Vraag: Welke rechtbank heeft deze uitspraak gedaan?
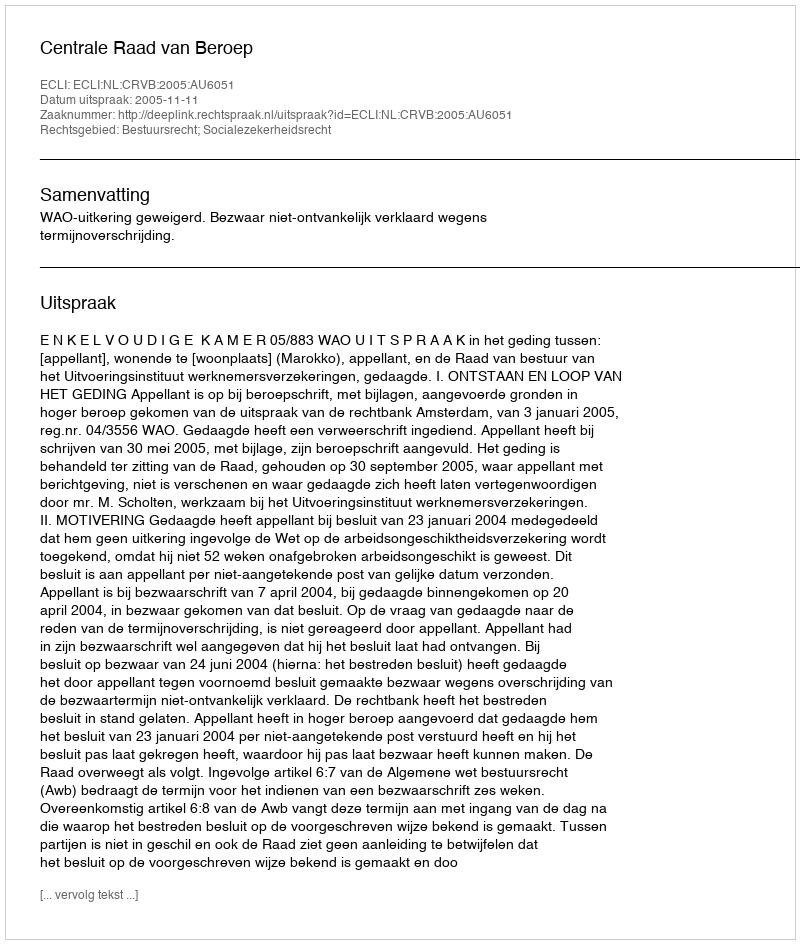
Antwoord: Centrale Raad van Beroep